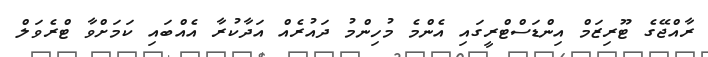
ރާއްޖޭގެ ޓޫރިޒަމް އިންޑަސްޓްރީގައި އެންމެ މުހިންމު ދައުރެއް އަދާކުރާ އެއްބައި ކަމަށްވާ ޓްރެވަލް